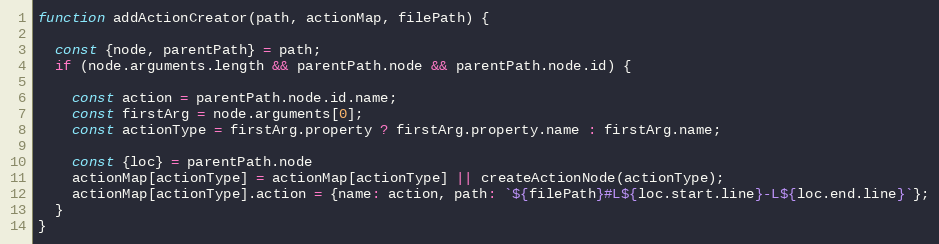
Language: JavaScript
function addActionCreator(path, actionMap, filePath) {

  const {node, parentPath} = path;
  if (node.arguments.length && parentPath.node && parentPath.node.id) {

    const action = parentPath.node.id.name;
    const firstArg = node.arguments[0];
    const actionType = firstArg.property ? firstArg.property.name : firstArg.name;

    const {loc} = parentPath.node
    actionMap[actionType] = actionMap[actionType] || createActionNode(actionType);
    actionMap[actionType].action = {name: action, path: `${filePath}#L${loc.start.line}-L${loc.end.line}`};
  }
}